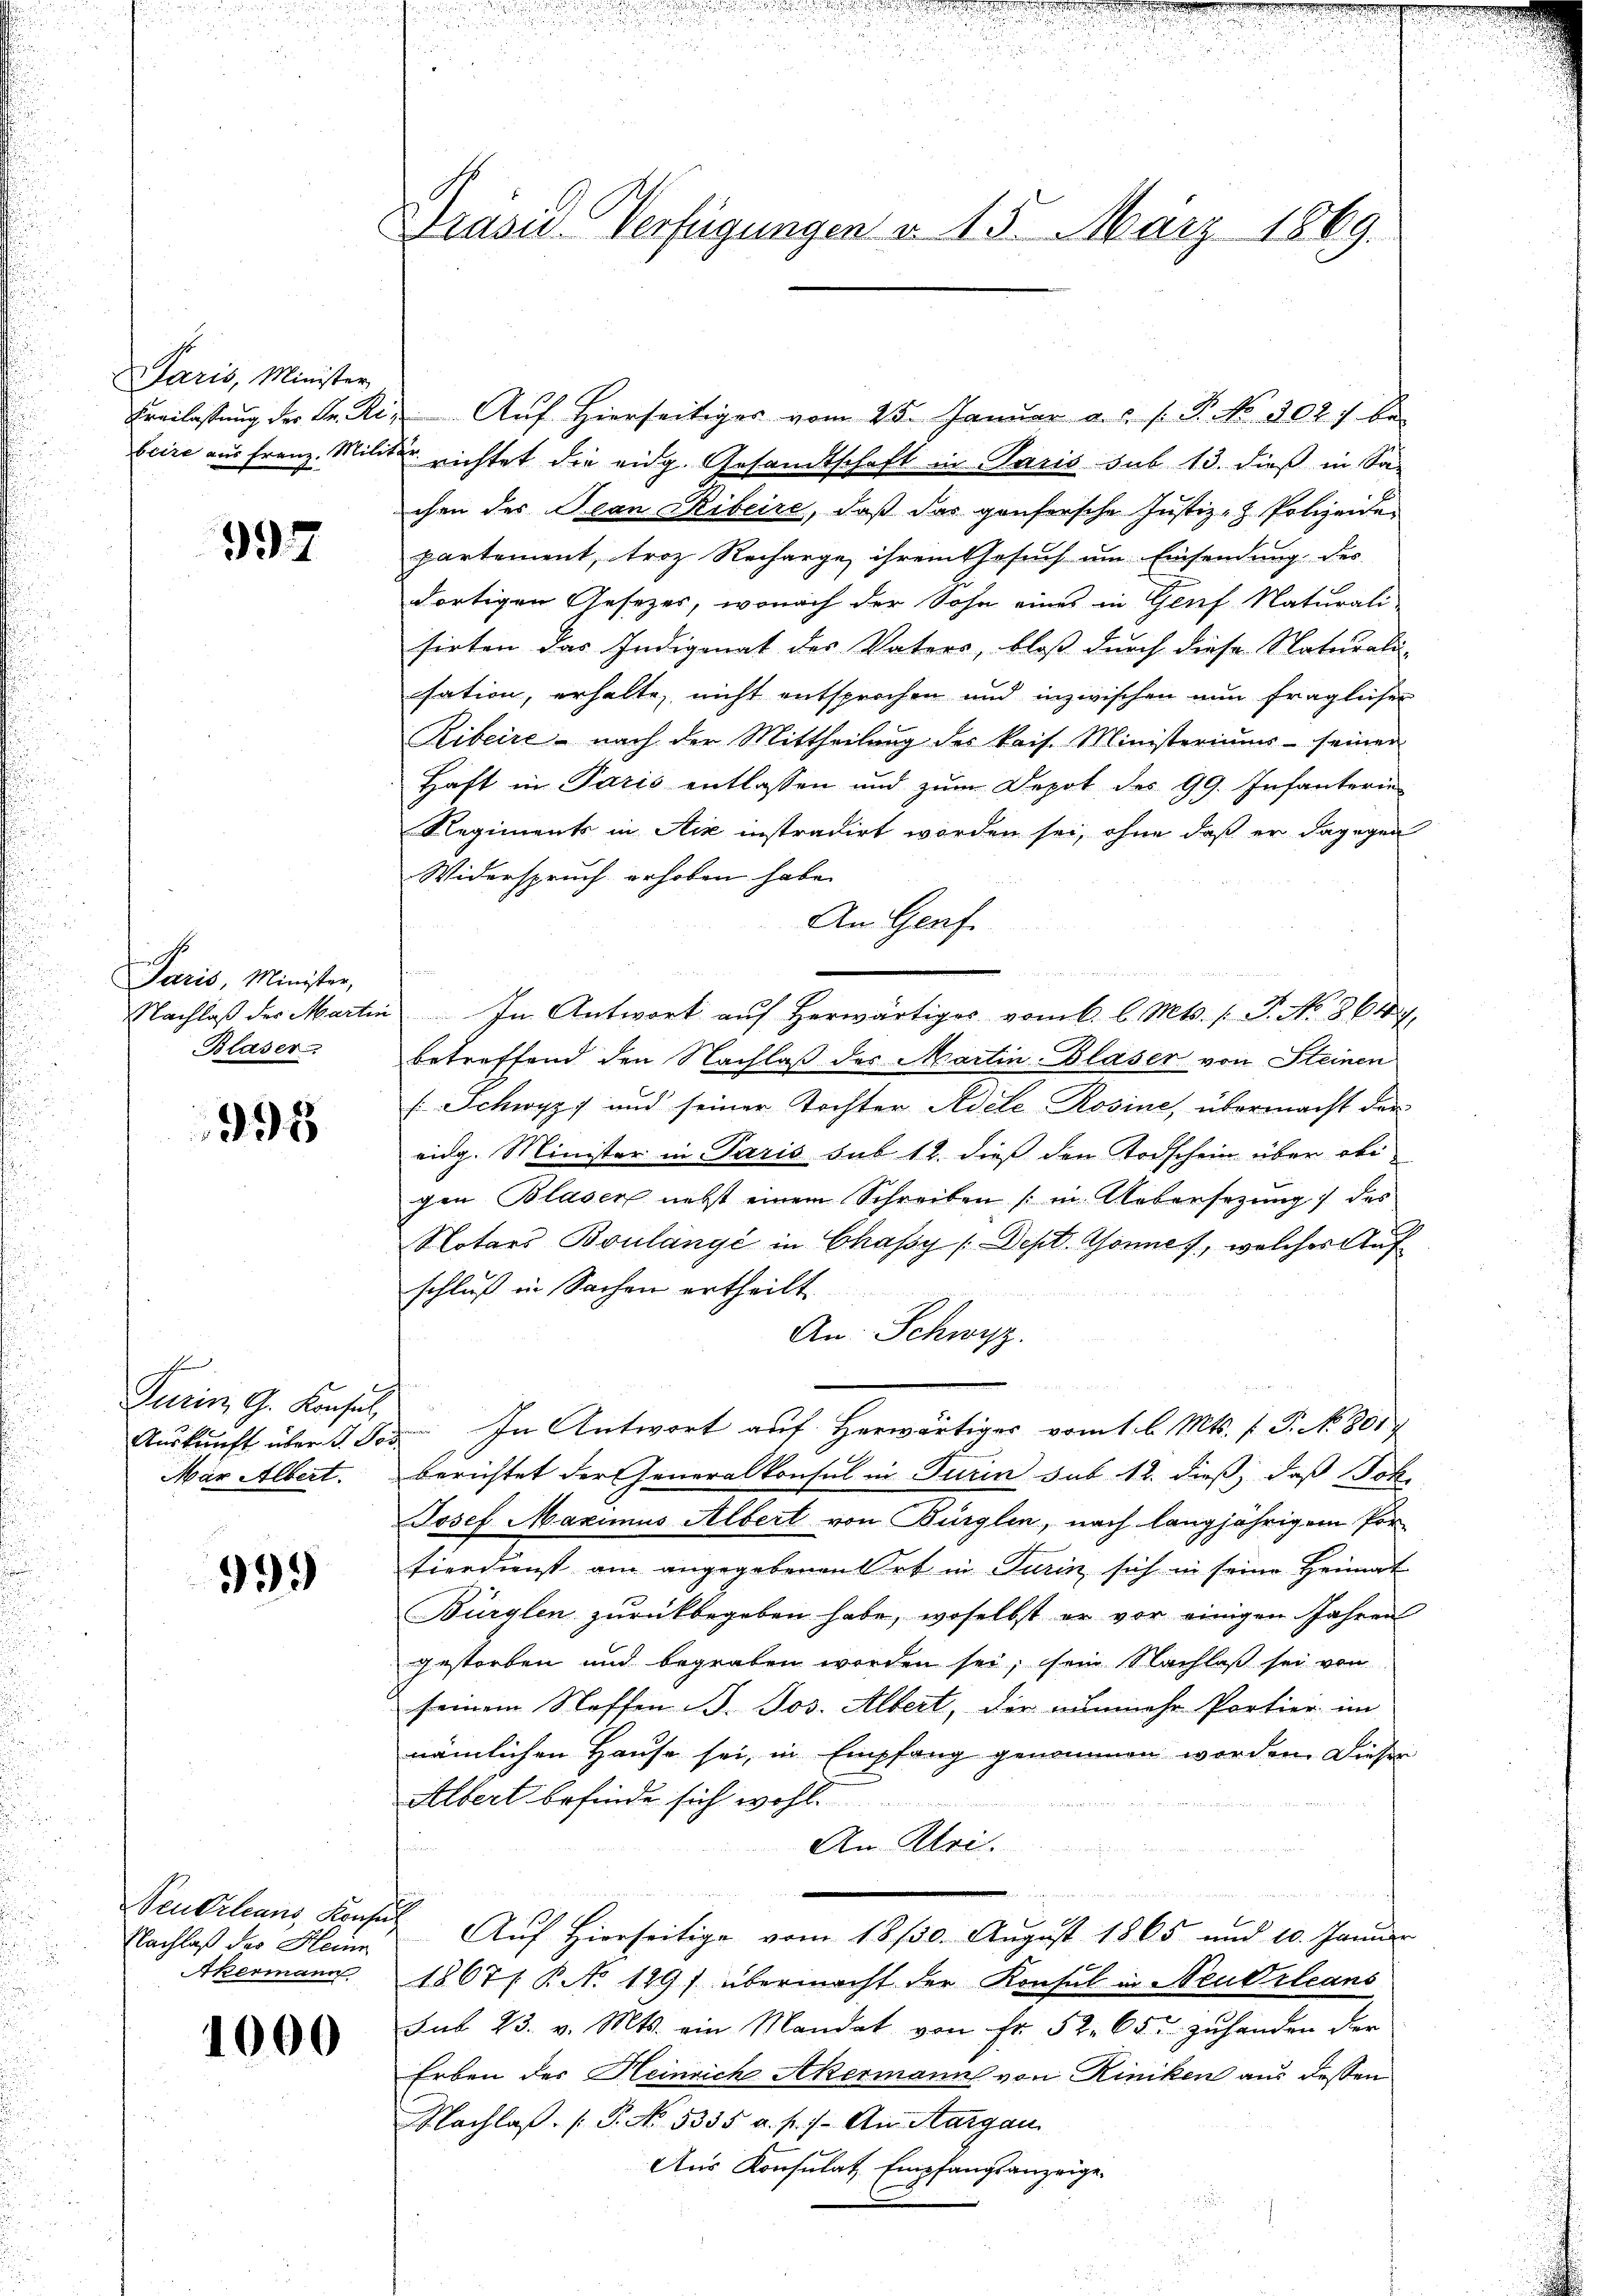
Paris, Minister
beire aus Franz. Mili-

397

us
Saris, Minister,
Nachlaß des Martin
Blaser

995

hen.
Turin G. Konsul
Mar Albert.

999

Nachlaß der Hein
Akermann

1000

Präsid. Verfügungen v. 15. März 1869.

Freilassung der Dr. die Auf Hierseitiger vom 25. Januar a.c. s. P. No 3027 be
d richtet die eidg. Gesandtschaft in Paris sub 13. dieß in Sa-
chen des Jean Ribeire, daß das gonforsche Justiz- Polizeiden
partement, troz Recharge, ihrem Gesuch um Einsendung des
dortigen Gesetzes, wonach der Sohn eines in Genf Naturali
sirten das Indigenat des Vaters, bloß durch diese Naturali-
sation, erhalte, nicht entsprochen und inzwischen nun fraglicher
Ribeire - nach der Mittheilung des kais. Ministeriums seiner
Haft in Paris entlassen und zum Depot des 99. Infanterie
Regiments in Aix instradirt worden sei, ohne daß er dagegen
Widerspruch erhoben habe.
An Genf.
In Antwort aŭf herwärtiges vom 6. l. Mts. 1. P. No 8644.
betreffend den Nachlaß des Martin Blaser von Steinen
(Schwyz und seiner Tochter Adele Rosine, übermacht der
eidg. Minister in Paris sub 12. dieß den Todschein über obigen Blaser nebst einem Schreiben (in Uebersezung des
Notars Boulänge in Chassy [Dept. Gönne, welches Auf
schluß in Sachen ertheilt
An: Schwyz.
Auskunft über d. Jos. In Antwort auf Herwärtiges vom 1. l. Mts. f. P. No 801
berichtet der Generalkonsul in Turin sub. 12. dieß, daß Joh.
Josef Maximus Albert von Bürglen, nach langjährigem Por
fierdienst am angegebenen Ort in Turin sich in seine Heimat
Bürglen zurückbegeben habe, woselbst er vor einigen Jahren
gestorben und begraben worden sei; sein Nachlaß sei von
seinem Staffen B. Jos. Albert, die nunmehr Portier im
nämlichen Hause sei, in Empfang genommen worden. Diesen
Albert befinde sich wohl.
An Klei
4
Neukrleans Konses Auf Hierseitige vom 18./30. August 1865 und 10. Januar
1867/ B. No 129) übermacht der Konsul in Neudrleans
sub 23. v. Mts. ein Mandat von Fr. 52. 65 zuhanden der
Erben des Heinrich Akermann von Riniken aus dessen
Nachlaβ. P. No. 5335 a. f.). An Margau
Aus Konsulat, Empfangsanzeige
C